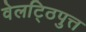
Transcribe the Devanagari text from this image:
वेलट्ठिपुत्त